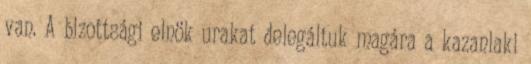
van. A bizottsági elnök urakat delegáltuk magára a kazanlaki